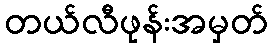
တယ်လီဖုန်းအမှတ်